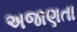
અજાણતા